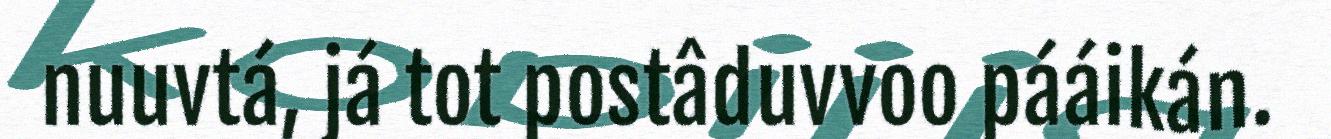
nuuvtá, já tot postâduvvoo pááikán.